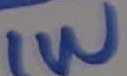
Text: 1W